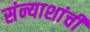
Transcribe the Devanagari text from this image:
संन्याशांची